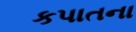
કપાતના